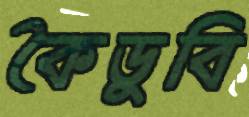
কৈডুবি